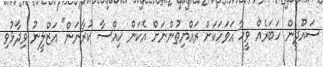
ސައޫދީން ހަބަރެއް ވީހާ އަވަހަކަށް ރައްޔިތުންނަށް އެކަން ހިއްސާ ކުރާނަން" އަޒްލީނު ވިދާޅުވި